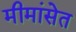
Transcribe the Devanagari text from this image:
मीमांसेत